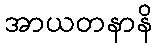
အာယတနာနိ